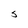
Character: 5